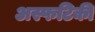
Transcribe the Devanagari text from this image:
अस्फटिकी